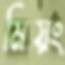
মিয়ং